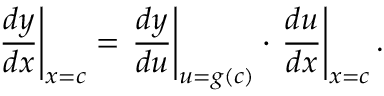
\left. { \frac { d y } { d x } } \right| _ { x = c } = \left. { \frac { d y } { d u } } \right| _ { u = g ( c ) } \cdot \left. { \frac { d u } { d x } } \right| _ { x = c } .